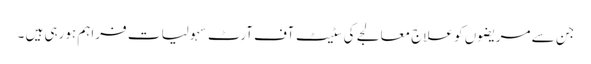
جن سے مریضوں کو علاج معالجے کی سٹیٹ آف آرٹ سہولیا ت فراہم ہورہی ہیں ۔